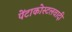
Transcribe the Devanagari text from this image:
पेंटाकोस्टलवादी